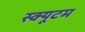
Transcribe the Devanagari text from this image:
स्क्यूटम